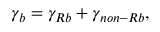
\gamma _ { b } = \gamma _ { R b } + \gamma _ { n o n - R b } ,